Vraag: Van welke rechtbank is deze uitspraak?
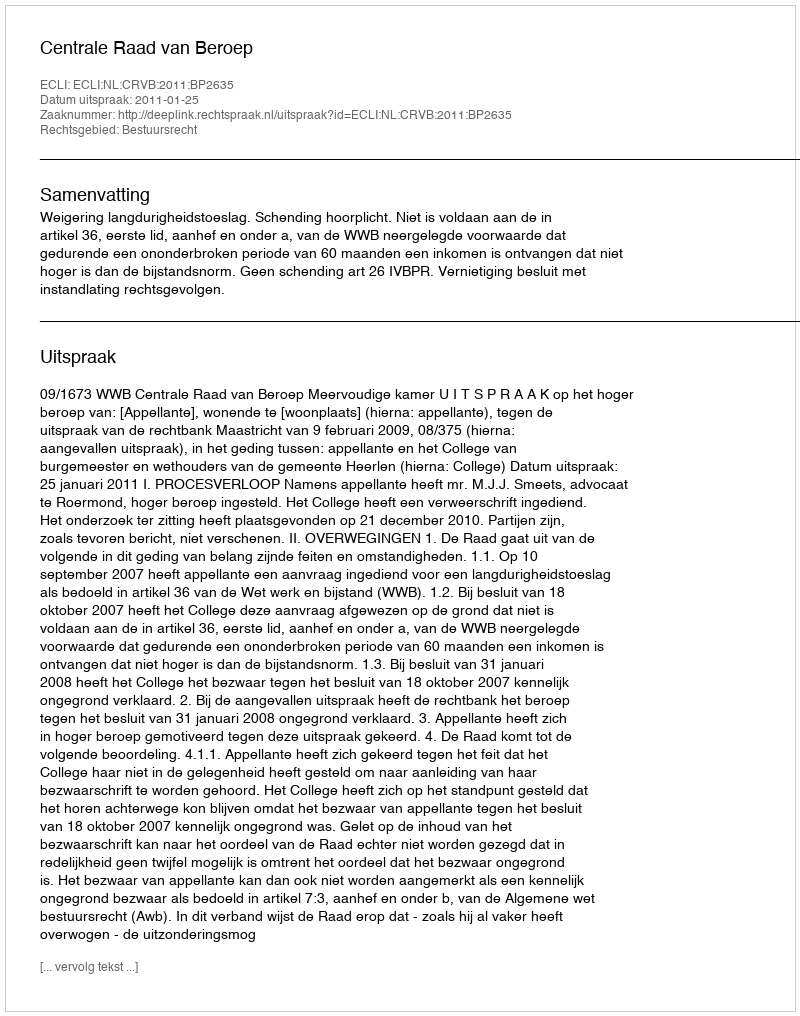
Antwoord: Centrale Raad van Beroep